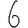
Digit: 6